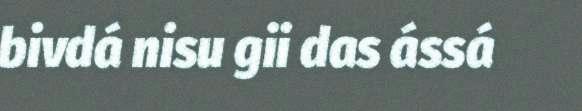
bivdá nisu gii das ássá